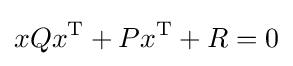
xQx^{\mathrm {T} }+Px^{\mathrm {T} }+R=0